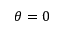
\theta = 0